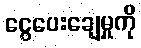
ငွေပေးချေမှုကို